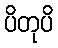
ပိတုပိ